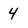
Character: 4